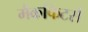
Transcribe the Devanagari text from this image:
मैकफिटर्स